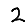
Digit: 2